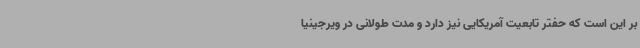
بر این است که حفتر تابعیت آمریکایی نیز دارد و مدت طولانی در ویرجینیا